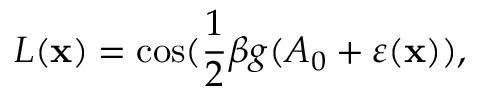
L ( { \bf x } ) = \cos ( \frac { 1 } { 2 } \beta g ( A _ { 0 } + \varepsilon ( { \bf x } ) ) ,